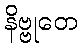
နိဗ္ဗုတေ